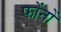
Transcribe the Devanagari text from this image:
फोंनों